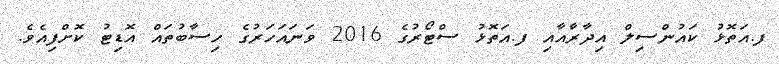
ފ.އަތޮޅު ކައުންސިލް އިދާރާއާއި ފ.އަތޮޅު ސްޓޯރުގެ 2016 ވަނައަހަރުގެ ހިސާބުތައް އޮޑިޓު ކޮށްފިއެވެ.